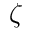
\zeta